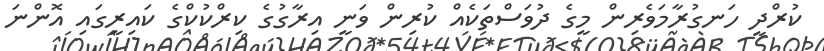
ކުރްދީ ހަނގުރާމަވެރިން މީގެ ދުވަސްތަކެއް ކުރިން ވަނީ އިރާގުގެ ކިރްކުކްގެ ކައިރީގައި އޮންނަ